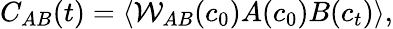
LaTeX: C_{AB}(t)=\langle\mathcal{W}_{AB}(c_{0})A(c_{0})B(c_{t})\rangle,